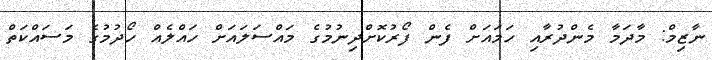
ނާޒިމް: މާދަމާ މެންދުރާއި ހަމައަށް ފެން ފޯރުކޮށްދިނުމުގެ މައްސަލައަށް ހައްލެއް ހޯދުމުގެ މަސައްކަތް